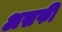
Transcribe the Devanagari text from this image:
असफी